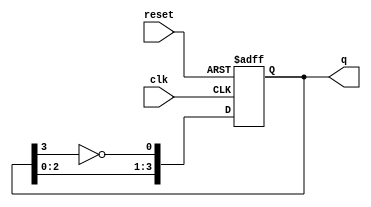
module johnson_counter #(
    parameter N = 4  // Number of flip-flops (stages)
)(
    input wire clk,       // Clock signal
    input wire reset,     // Asynchronous reset signal
    output reg [N-1:0] q  // Output state of the counter
);

// Internal signal for feedback
wire feedback;

// Assign feedback as the inverted output of the last flip-flop
assign feedback = ~q[N-1];

// Asynchronous reset and clocked behavior
always @(posedge clk or posedge reset) begin
    if (reset) begin
        // Reset all flip-flops to 0
        q <= 0;
    end else begin
        // Shift the state and apply feedback
        q <= {q[N-2:0], feedback};
    end
end

endmodule